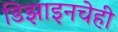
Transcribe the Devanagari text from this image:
डिझाइनचेही